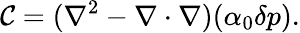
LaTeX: \mathcal{C}=(\nabla^{2}-\nabla\cdot\nabla)(\alpha_{0}\delta p).